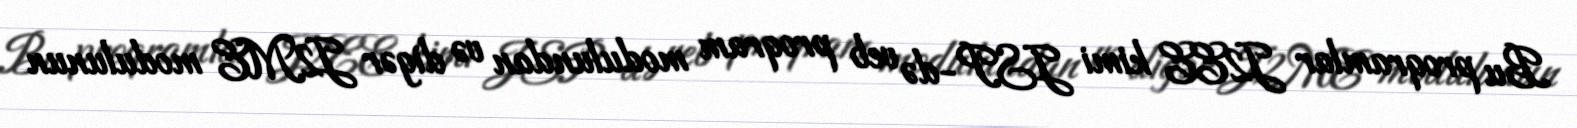
Bu proqramlar J2EE kimi JSP-də veb proqram modulundan və digər J2ME modulunun